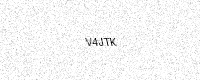
Text: V4JTK